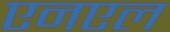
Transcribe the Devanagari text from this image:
एनएल